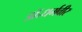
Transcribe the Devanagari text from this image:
डॉ॰धर्मवीर